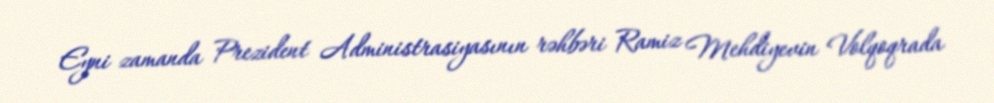
Eyni zamanda Prezident Administrasiyasının rəhbəri Ramiz Mehdiyevin Volqoqrada